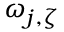
\omega _ { j , \zeta }